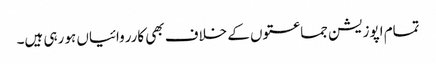
تمام اپوزیشن جماعتوں کے خلاف بھی کارروائیاں ہو رہی ہیں۔